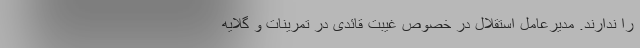
را ندارند. مدیرعامل استقلال در خصوص غیبت قائدی در تمرینات و گلایه